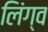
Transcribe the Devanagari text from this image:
लिंग्व